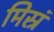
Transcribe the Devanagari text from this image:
मिस्रं